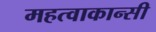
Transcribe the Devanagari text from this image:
महत्वाकान्सी